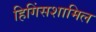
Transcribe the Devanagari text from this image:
हिगिंसशामिल